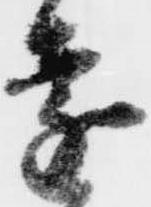
遠